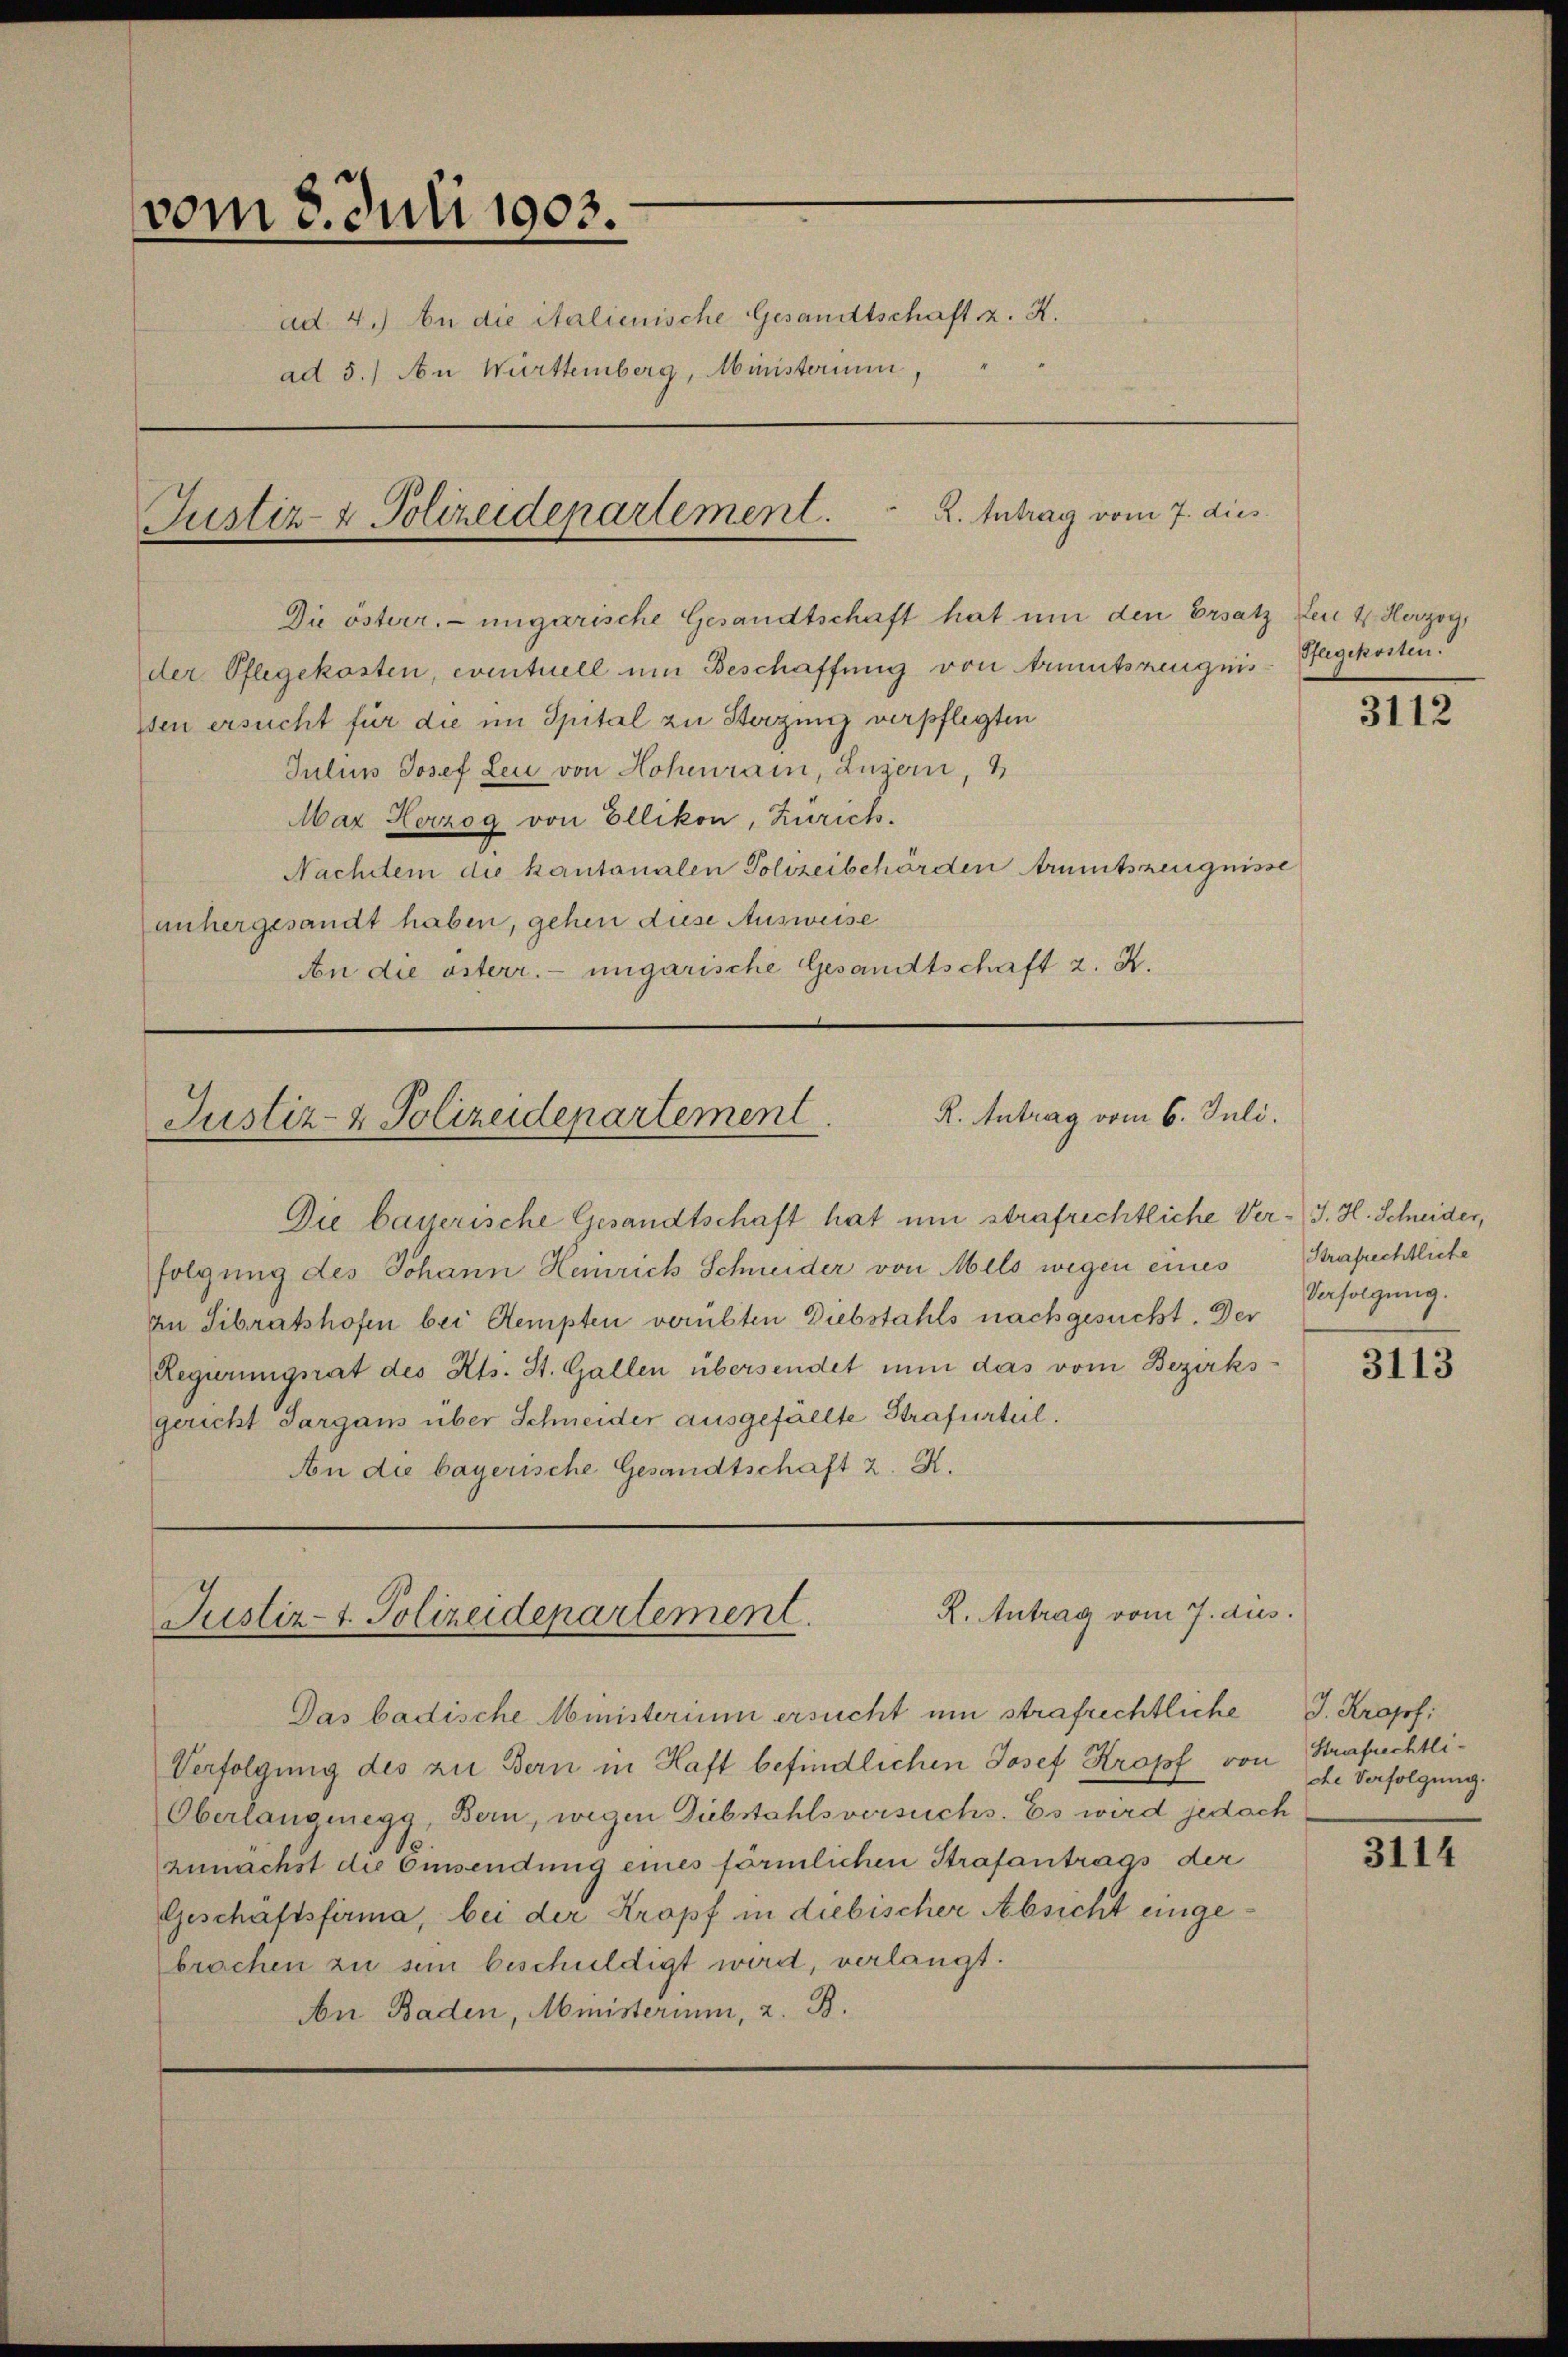
vom 3. Juli 1903.
ad 4.) An die italienische Gesandtschaft z. K.
ad 5.) An Württemberg, Ministerium

Die österr. ungarische Gesandtschaft hat um den Ersatz den 4. Herzog,
der Pflegekosten, eventuell um Beschaffung von Armutszeugnis
sten ersucht für die im Spital zu Sterzung verpflegten
Iulus Josef Leu von Hohenrain, Luzern,
Maz Herzog von Ellikon, Zürich.
Nachdem die kantonalen Polizeibehörden rumtszeugnisse
anhergesandt haben, gehen diese Ausweise
An die österr. ungarische Gesandtschaft z. K.

R. Antrag vom 7. dies
Justiz- & Polizeidepartement

R. Antrag vom 6. Juli.
Justiz- & Polizeidepartement

Die bayerische Gesandtschaft hat um strafrechtliche Ver- J. H. Schneider,
folgung des Johann Hemrich Schneider von Mels wegen eines
In Sibratshofen bei Stempten verübten Diebstahls nachgesucht. Der
Regierungsrat des Kts. St. Gallen übersendet nun das vom Bezirksgericht Sargaus über Schneider ausgefallte Strafurteil.
An die bayerische Gesandtschaft 2. X.

R. Antrag vom 7. aus
Justiz-t. Polizeidepartement.

Das badische Ministerium ersucht um strafrechtliche
Verfolgung des zu Bern in Haft befindlichen Josef Kropf von Strafrechtli¬
Oberlangmegg, Bern, wegen Diebstahls versuchs. Es wird jedoch
zunächst die Eisendung eines förmlichen Strafantrags der
Geschäftsfirma, bei der Kropf in diebischer Absicht eingebrachen zu sein beschuldigt wird, verlangt.
An Baden, Ministerium, 2. B.

Pflegekosten.

3112

Strafrechtliche
Verfolgung.

3113

J. Kropf:
che Verfolgung.

3114